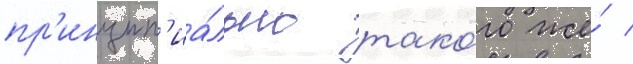
пр'инцип'иа́льно тако́го же́ /